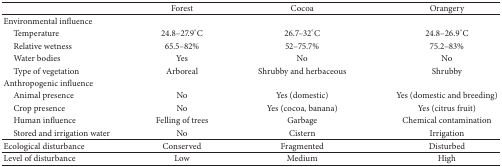
<table><thead><tr><td><b> </b></td><td><b>Forest</b></td><td><b>Cocoa</b></td><td><b>Orangery</b></td></tr></thead><tbody><tr><td>Environmental influence</td><td> </td><td> </td><td> </td></tr><tr><td> Temperature</td><td>24.8–27.9°C</td><td>26.7–32°C</td><td>24.8–26.9°C</td></tr><tr><td> Relative wetness</td><td>65.5–82%</td><td>52–75.7%</td><td>75.2–83%</td></tr><tr><td> Water bodies </td><td>Yes</td><td>No</td><td>No</td></tr><tr><td> Type of vegetation</td><td>Arboreal </td><td>Shrubby and herbaceous</td><td>Shrubby</td></tr><tr><td>Anthropogenic influence</td><td> </td><td> </td><td> </td></tr><tr><td> Animal presence</td><td>No</td><td>Yes (domestic)</td><td>Yes (domestic and breeding)</td></tr><tr><td> Crop presence</td><td>No</td><td>Yes (cocoa, banana)</td><td>Yes(citrus fruit)</td></tr><tr><td> Human influence</td><td>Felling of trees</td><td>Garbage</td><td>Chemical contamination</td></tr><tr><td> Stored and irrigation water</td><td>No</td><td>Cistern</td><td>Irrigation</td></tr><tr><td>Ecological disturbance</td><td>Conserved</td><td>Fragmented</td><td>Disturbed</td></tr><tr><td>Level of disturbance</td><td>Low</td><td>Medium</td><td>High</td></tr></tbody></table>